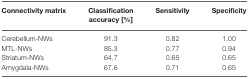
<table><thead><tr><td><b>Connectivity matrix</b></td><td><b>Classification accuracy [%]</b></td><td><b>Sensitivity</b></td><td><b>Specificity</b></td><td></td><td></td></tr></thead><tbody><tr><td>Cerebellum-NWs</td><td>91.3</td><td>0.82</td><td>1.00</td></tr><tr><td>MTL-NWs</td><td>85.3</td><td>0.77</td><td>0.94</td></tr><tr><td>Striatum-NWs</td><td>64.7</td><td>0.65</td><td>0.65</td></tr><tr><td>Amygdala-NWs</td><td>67.6</td><td>0.71</td><td>0.65</td></tr></tbody></table>